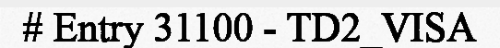
# Entry 31100 - TD2_VISA